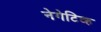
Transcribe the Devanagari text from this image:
नेगेटिव्ह